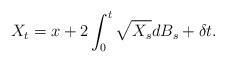
LaTeX: \begin{align*}X_t= x+2 \int_0^t\sqrt{X_s}dB_s +\delta t.\end{align*}